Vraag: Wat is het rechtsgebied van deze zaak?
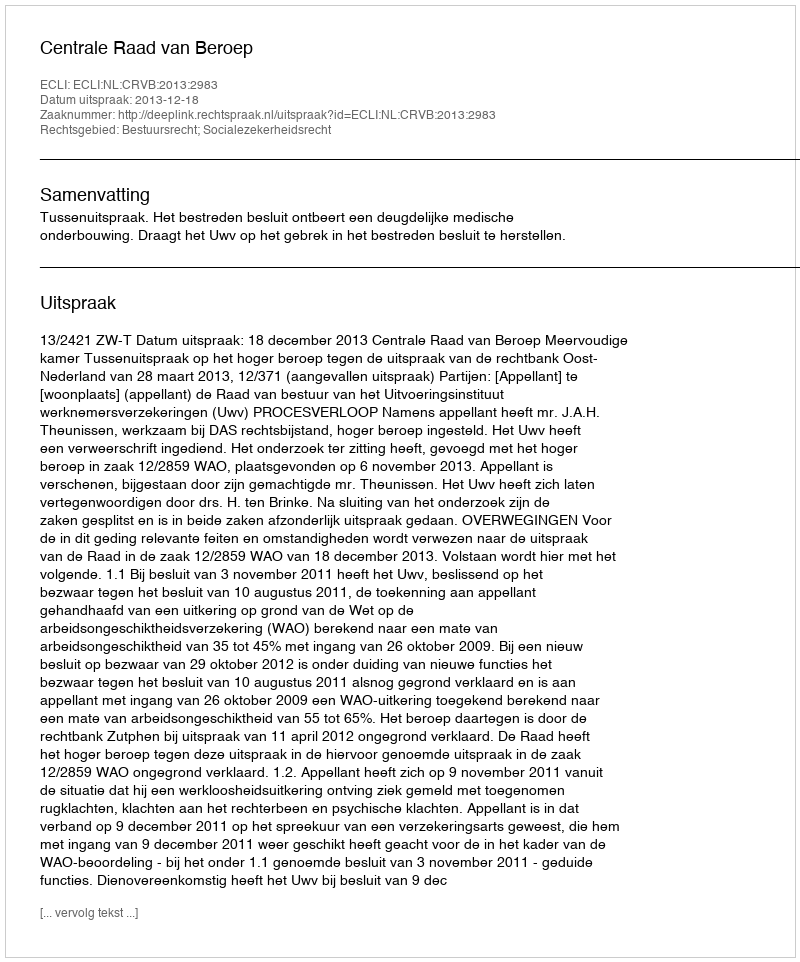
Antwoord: Bestuursrecht; Socialezekerheidsrecht